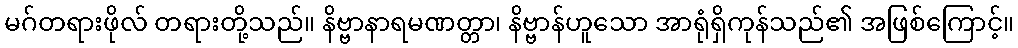
မဂ်တရားဖိုလ် တရားတို့သည်။ နိဗ္ဗာနာရမဏတ္တာ၊ နိဗ္ဗာန်ဟူသော အာရုံရှိကုန်သည်၏ အဖြစ်ကြောင့်။